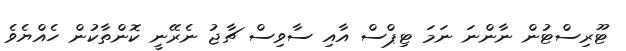
ޓޫރިސްޓުން ނާންނަ ނަމަ ޓިޕްސް އާއި ސާވިސް ޗާޖު ނެރޭނީ ކޮންތާކުން ހެއްޔެވެ